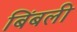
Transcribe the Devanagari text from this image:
बिंबली